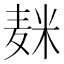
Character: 𱋕